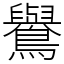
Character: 鸒